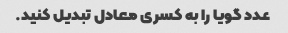
عدد گویا را به کسری معادل تبدیل کنید.